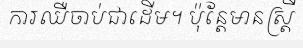
ការឈឺចាប់ជាដើម។ ប៉ុន្តែមានស្ត្រី